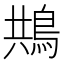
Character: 䳍